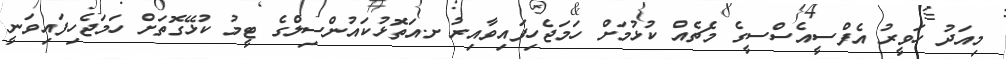
މިއަދު ހަވީރު އެފްސީއެސްސީގެ މެޗެއް ކުޅުމަށް ހަމަޖެހިފައިވާއިރު ށ.އަތޮޅުކައުންސިލްގެ ޓީމު ކުޅޭގޮތަށް ހަމަޖެހިފައިވަނީ